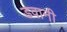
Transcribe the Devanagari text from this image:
डवानी